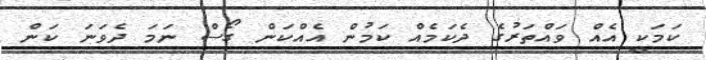
ކަމަކީ އެއް ވައްތަރުގެ ދެކަމެއް ކަމުން އެއްކަން ގޯސް ނަމަ ދެވަނަ ކަން